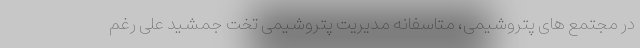
در مجتمع های پتروشیمی، متاسفانه مدیریت پتروشیمی تخت جمشید علی رغم